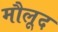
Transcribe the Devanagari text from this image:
मौलूद